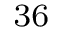
_ { 3 6 }